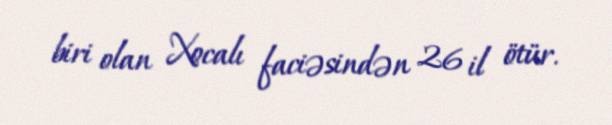
biri olan Xocalı faciəsindən 26 il ötür.